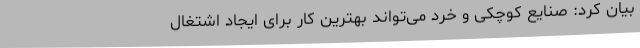
بیان کرد: صنایع کوچکی و خرد می‌تواند بهترین کار برای ایجاد اشتغال